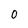
Character: 0